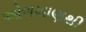
ઓળખાણથી